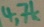
Text: 4,7k